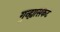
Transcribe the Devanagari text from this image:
गुन्ह्यासकट